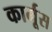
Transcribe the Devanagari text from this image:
कार्मूस